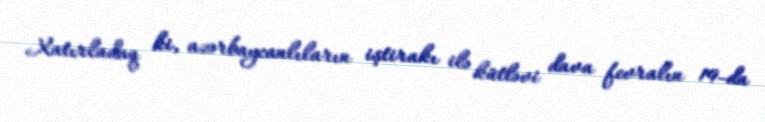
Xatırladaq ki, azərbaycanlıların iştirakı ilə kütləvi dava fevralın 19-da